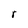
Character: r